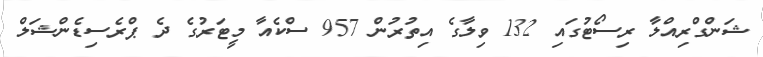
ޝަންގްރިއްލާ ރިސޯޓުގައި 132 ވިލާގެ އިތުރުން 957 ސްކެއާ މީޓަރުގެ ދެ ޕްރެސިޑެންޝަލް